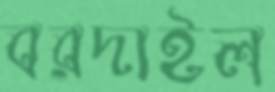
বরদাইল